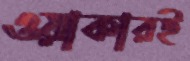
ওয়াকারই